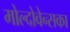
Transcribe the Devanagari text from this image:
मोल्दोवेन्सका